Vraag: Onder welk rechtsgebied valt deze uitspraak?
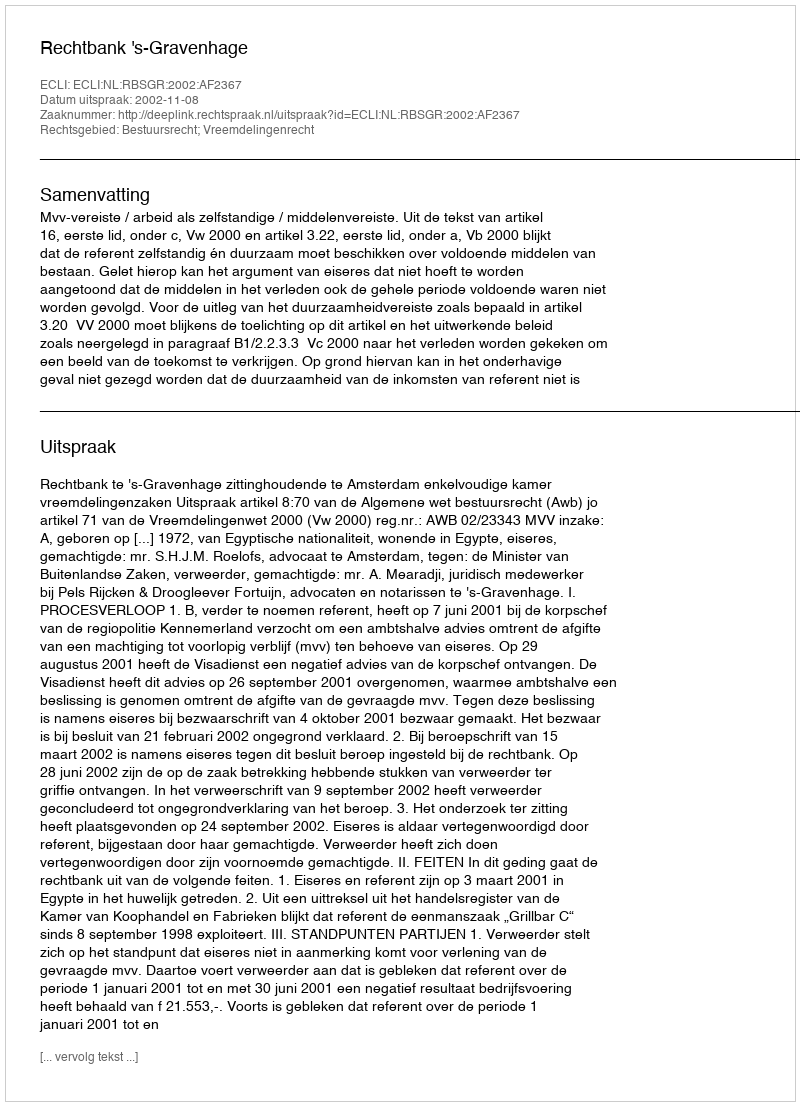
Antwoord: Bestuursrecht; Vreemdelingenrecht